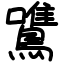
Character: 鷕